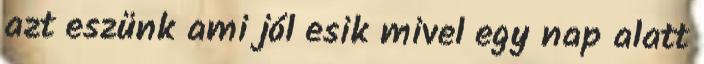
azt eszünk ami jól esik mivel egy nap alatt